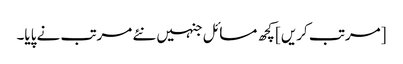
[مرتب کریں] کچھ مسائل جنہیں نئے مرتب نے پایا۔